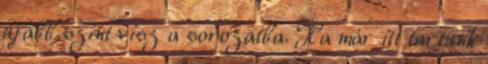
újabb szint visz a sorozatba. Ha már itt tartunk